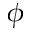
\phi